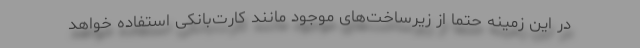
در این زمینه حتما از زیرساخت‌های موجود مانند کارت‌بانکی استفاده خواهد